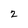
Character: 2